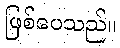
ဖြစ်ပေသည်။